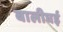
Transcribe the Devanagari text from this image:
बालीघई